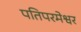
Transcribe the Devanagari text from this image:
पतिपरमेश्वर